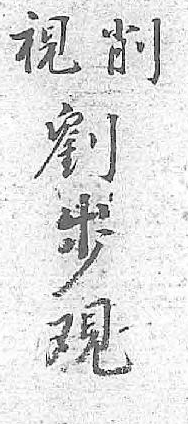
削劉視𡵯 覌